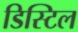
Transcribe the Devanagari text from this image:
डिस्टिल